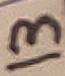
Text: 13